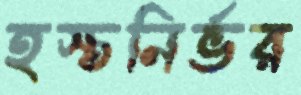
হস্তনির্ভর